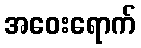
အဝေးရောက်